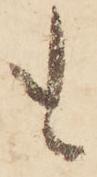
も